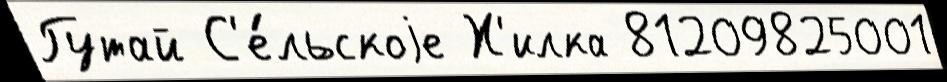
Гутай С'е́льскоjе Х'илка 81209825001